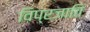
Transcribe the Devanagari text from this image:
विप्रजाति